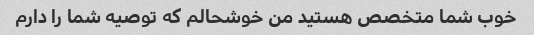
خوب شما متخصص هستید من خوشحالم که توصیه شما را دارم